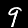
Digit: 9